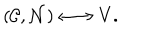
LaTeX: ( { \cal C } , { \cal N } ) \longleftrightarrow V .